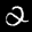
Label: 2